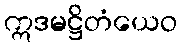
ဣဒမဋ္ဌိတံယေဝ